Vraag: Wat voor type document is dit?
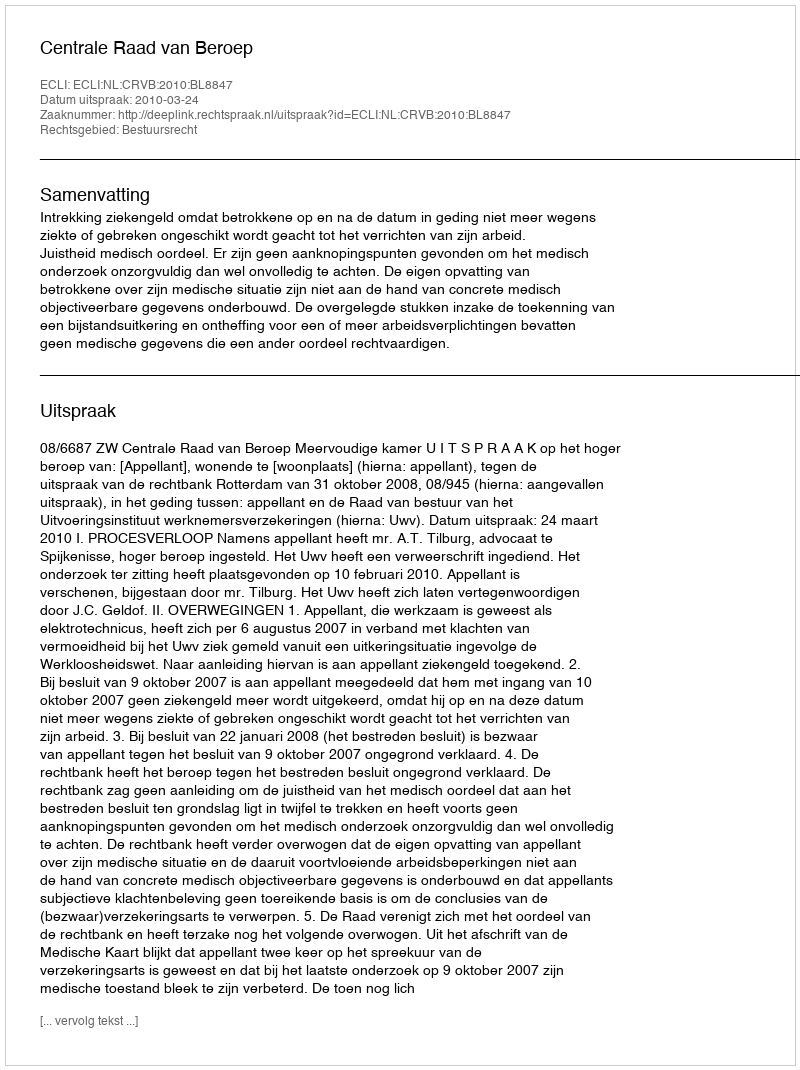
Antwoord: Uitspraak